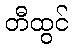
တီထွင်